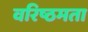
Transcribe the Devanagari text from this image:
वरिष्ठमता